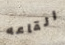
القاعه